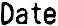
DATE